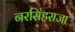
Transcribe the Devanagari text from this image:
नरसिंहराजा